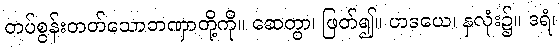
တပ်စွန်းတတ်သောတဏှာတို့ကို။ ဆေတွာ၊ ဖြတ်၍။ ဟဒယေ၊ နှလုံး၌။ ဒရံ၊